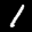
Label: 1